Vaccination North-Western Provinces and Oudh 1878-1895 - 1878-1895
Year: 1878
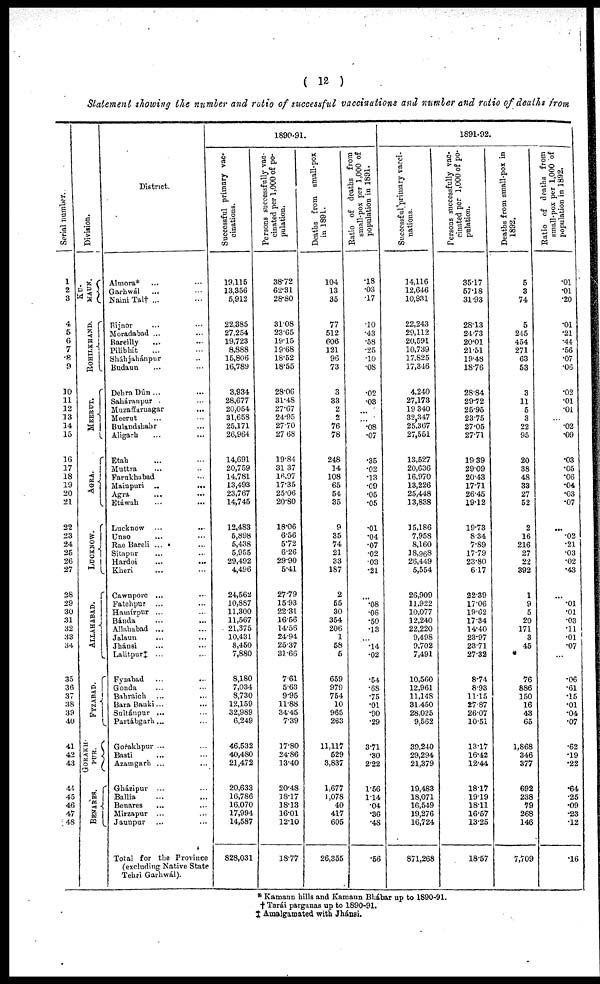
( 12 )
Statement showing the number and ratio of successful vaccinations and number and ratio of deaths from
Serial number.
1
2
3
4
5
6
7
8
9
10
11
12
13
14
15
16
17
13
19
20
21
22
23
24
25
26
27
28
29
30
31
32
33
34
35
36
37
38
39
40
41
42
43
44
45
46
47
48
Division.
KU¬
MAUN.
ROHILKHAND.
MEERUT.
AGRA.
LUCKNOW.
ALLAHABAD.
FYZABAD.
GORAKH¬
PUR.
BENARES.
District.
Almora* ... ...
Garhwál ... ...
Naini Tal† ... ...
Bijnor ... ...
Moradabad ... ...
Bareilly ... ...
Pilibhít ... ...
Sháhjahánpur ...
Budaun ... ...
Dehra Dún... ...
Saháranpur ...
Muzaffaruagar ...
Meerut ... ...
Bulandshahr ...
Aligarh ... ...
Etah ... ...
Muttra ... ...
Farukhabad ...
Mainpuri ...
...
Agra ... ...
Etáwah
...
...
Lucknow
...
...
Unao ... ...
Rae Bareli ... ...
Sitapur ... ...
Hardoi
...
...
Kheri ... ...
Cawnpore ... ...
Fatehpur ... ...
Hamírpur ... ...
Bánda ... ...
Allahabad ... ...
Jalaun ... ...
Jhánsi ... ...
Lalitpur‡ ... ...
Fyzabad
...
...
Gonda ... ...
Bahraich ... ...
Bara Banki... ...
Sultánpur ... ...
Partábgarh... ...
Gorakhpur ... ...
Basti ... ...
Azamgarh ... ...
Gházipur ... ...
Ballia ... ...
Benares ... ...
Mirzapur ... ...
Jaunpur ... ...
Total for the Province
(excluding Native State
Tebri Garhwál).
1890-91.
Successful primary vac-
cinations.
19,115
13,356
5,912
22,385
27,254
19,723
8,888
15,806
16,789
3,934
28,677
20,054
31,658
25,171
26,964
14,691
20,759
14,781
13,493
23,767
14,745
12,483
5,898
5,438
5,955
29,492
4,496
24,562
10,887
11,300
11,567
21,375
10,431
8,450
7,880
8,180
7,034
8,730
12,159
32,989
6,249
46,532
40,480
21,472
20,633
16,786
16,070
17,994
14,587
828,031
Persons successfully vac-
cinated per 1,000 of po-
pulation.
38.72
62.31
28.80
31.08
23.65
19.15
19.68
18.52
18.55
28.06
31.48
27.67
24.95
27.70
27. 68
19.84
31.37
16.97
17.35
25.06
20.80
18.06
6.56
5.72
6.26
29.90
5.41
27.79
15.93
22.31
16.56
14.56
24.94
25.37
31.66
7.61
5.63
9.95
11.88
34.45
7.39
17.80
24.86
13.40
20.48
18.17
18.13
16.01
12.10
18.77
Deaths from small-pox
in 1891.
104
13
35
77
512
606
121
96
73
3
33
2
2
76
78
248
14
108
65
54
35
9
35
74
21
33
187
2
55
30
354
206
1
58
5
659
979
754
10
965
263
11,117
529
3,837
1,677
1,078
40
417
605
26,355
Ratio of deaths from
small-pox per 1,000 of
population in 1891.
.18
.03
.17
.10
.43
.58
.25
.10
.08
.02
.03
...
...
.08
.07
.35
.02
.13
.09
.05
.05
.01
.04
.07
.02
.03
.21
...
.08
.06
.50
.13
...
.14
.02
.54
.68
.75
.01
.90
.29
3.71
.30
2.22
1.56
1.14
.04
.36
.48
.56
1891-92.
Successful primary vacci-
nations.
14,116
12,646
10,931
22,243
29,112
20,591
10,739
17,825
17,346
4,240
27,173
19 340
32,347
25,367
27,551
13,527
20,636
16,970
13,226
25,448
13,838
15,186
7,958
8,160
18,968
26,449
5,554
26,909
11.922
10,077
12,240
22,220
9,498
9,702
7,491
10,560
12,961
11,148
31,450
28,025
9,562
39,240
29,294
21,379
19,483
18,071
16,549
19,276
16,724
871,268
Persons successfully vac-
cinated per 1,000 of po-
pulation.
35.17
57.18
31.93
28.13
24.73
20.01
21.51
19.48
18.76
28.84
29.72
25.95
23.75
27.05
27.71
19.39
29.09
20.43
17.71
26.45
19.12
19.73
8.34
7.89
17.79
23.80
6.17
22.39
17.06
19.62
17.34
14.40
23.97
23.71
27.32
8.74
8.93
11.15
27.87
26.07
10.51
13.17
16.42
12.44
18.17
19.19
18.11
16.57
13.25
18.57
Deaths from small-pox in
1892.
5
3
74
5
245
454
271
63
53
3
11
5
3
22
95
20
38
48
33
27
52
2
16
216
27
22
392
1
9
5
20
171
3
45
*
76
886
150
16
43
65
1,868
346
377
692
238
79
268
146
7,709
Ratio of deaths from
small-pox per 1,000 of
population in 1892.
.01
.01
.20
.01
.21
.44
.56
.07
.06
.02
.01
.01
...
.02
.09
.03
.05
.06
.04
.03
.07
...
.02
.21
.03
.02
.43
...
.01
.01
.03
.11
.01
.07
...
.06
.61
.15
.01
.04
.07
.62
.19
.22
.64
.25
.09
.23
.12
.16
* Kamaun hills and Kamaun Bhábar up to 1890-91.
† Tarái parganas up to 1890-91.
‡ Amalgamated with Jhánsi.